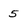
Character: 5